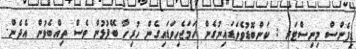
ޑިފެންސް މިނިސްޓަރ : ކަންބޮޑުވެވަޑައިނުގެން ހަމަޖެހިވަޑައިގެން ހުރިހާ ބޭފުޅުން ވެސް ތިއްބެވުން އެދެން.